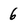
Character: 6